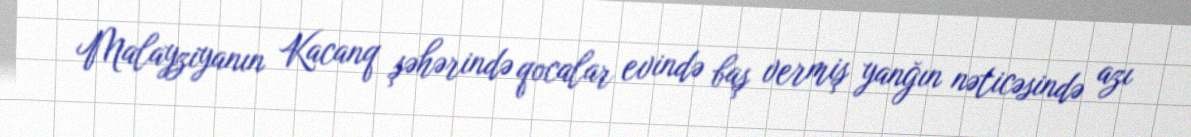
Malayziyanın Kacanq şəhərində qocalar evində baş vermiş yanğın nəticəsində azı